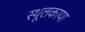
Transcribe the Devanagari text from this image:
स्थूलकाया